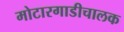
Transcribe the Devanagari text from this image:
मोटारगाडीचालक